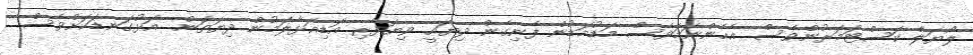
ލޯޔަލް ކަސްޓަމަރުންވެސް. އެހެންނަަމަވެސް މަޑުމަޑުން ފެނިގެން ދިޔައީ ވިޔަފާރި އަޑިއަޅާލަމުން ދިޔަތަން. އަޅުގަނޑަކަށްވެސް